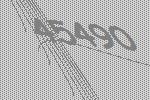
45490